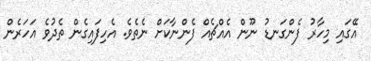
އޭގައި މިހާރު ފެންގަނޑު ނޫން އެއްޗެއް ފެންނާކަށް ނެތެވެ. އެހިފައިގެން ތެދުވެ އަހަރެން